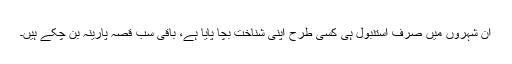
ان شہروں میں صرف استنبول ہی کسی طرح اپنی شناخت بچا پایا ہے، باقی سب قصہ ٔپارینہ بن چکے ہیں۔